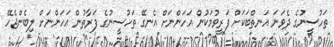
ތަހުސީނުގެ ދެވަނަ އަނތްބަކަށް ފަރީވުމަކުން އަހަންނަށް އެނގޭ ތަހުސީނުގެ ފަރާތުން އަހަންނަށް ލިބެންޖެހޭ